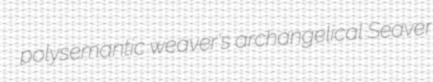
polysemantic weaver's archangelical Seaver